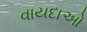
વાયદાઓ